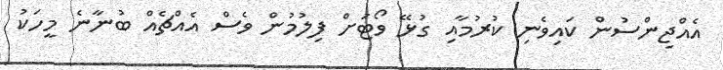
އެއްޖިންސުން ކައިވެނި ކުރުމާއި ގުޅޭ ވޯޓަށް ފިލުމުން ވެސް އެއްޗެއް ބުނާނެ މީހަކު